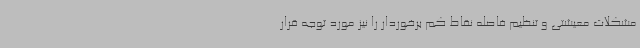
مشکلات معیشتی و تنظیم فاصله نقاط کم برخوردار را نیز مورد توجه قرار